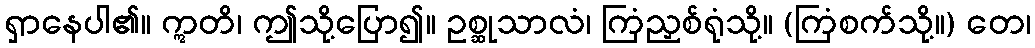
ရှာနေပါ၏။ ဣတိ၊ ဤသို့ပြော၍။ ဥစ္ဆုသာလံ၊ ကြံညှစ်ရုံသို့။ (ကြံစက်သို့။) တေ၊